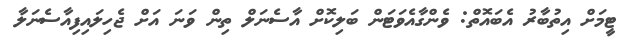
ޓީމަށް އިތުބާރު އެބައޮތް: ވެންގާއެވަޓަން ބަލިކޮށް އާސެނަލް ތިން ވަނަ އަށް ޖެހިލައިފިއާސެނަލާ